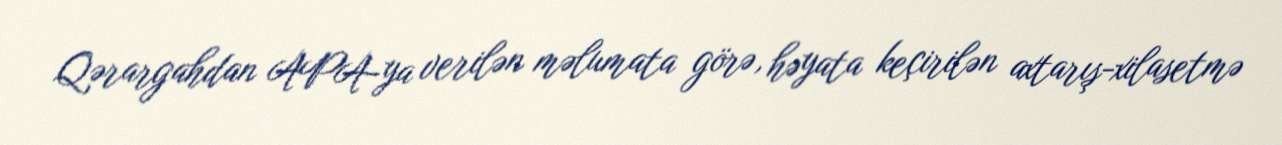
Qərargahdan APA-ya verilən məlumata görə, həyata keçirilən axtarış-xilasetmə